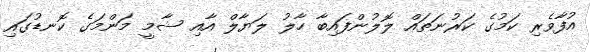
އުފާވެރި ކަމުގެ ކަރުނަތައް ލޮލުންފައިބާ ހާލު ލަޔާލް އާއި ޝާމީ މަންމަގެެ ކޮނޑުގައި